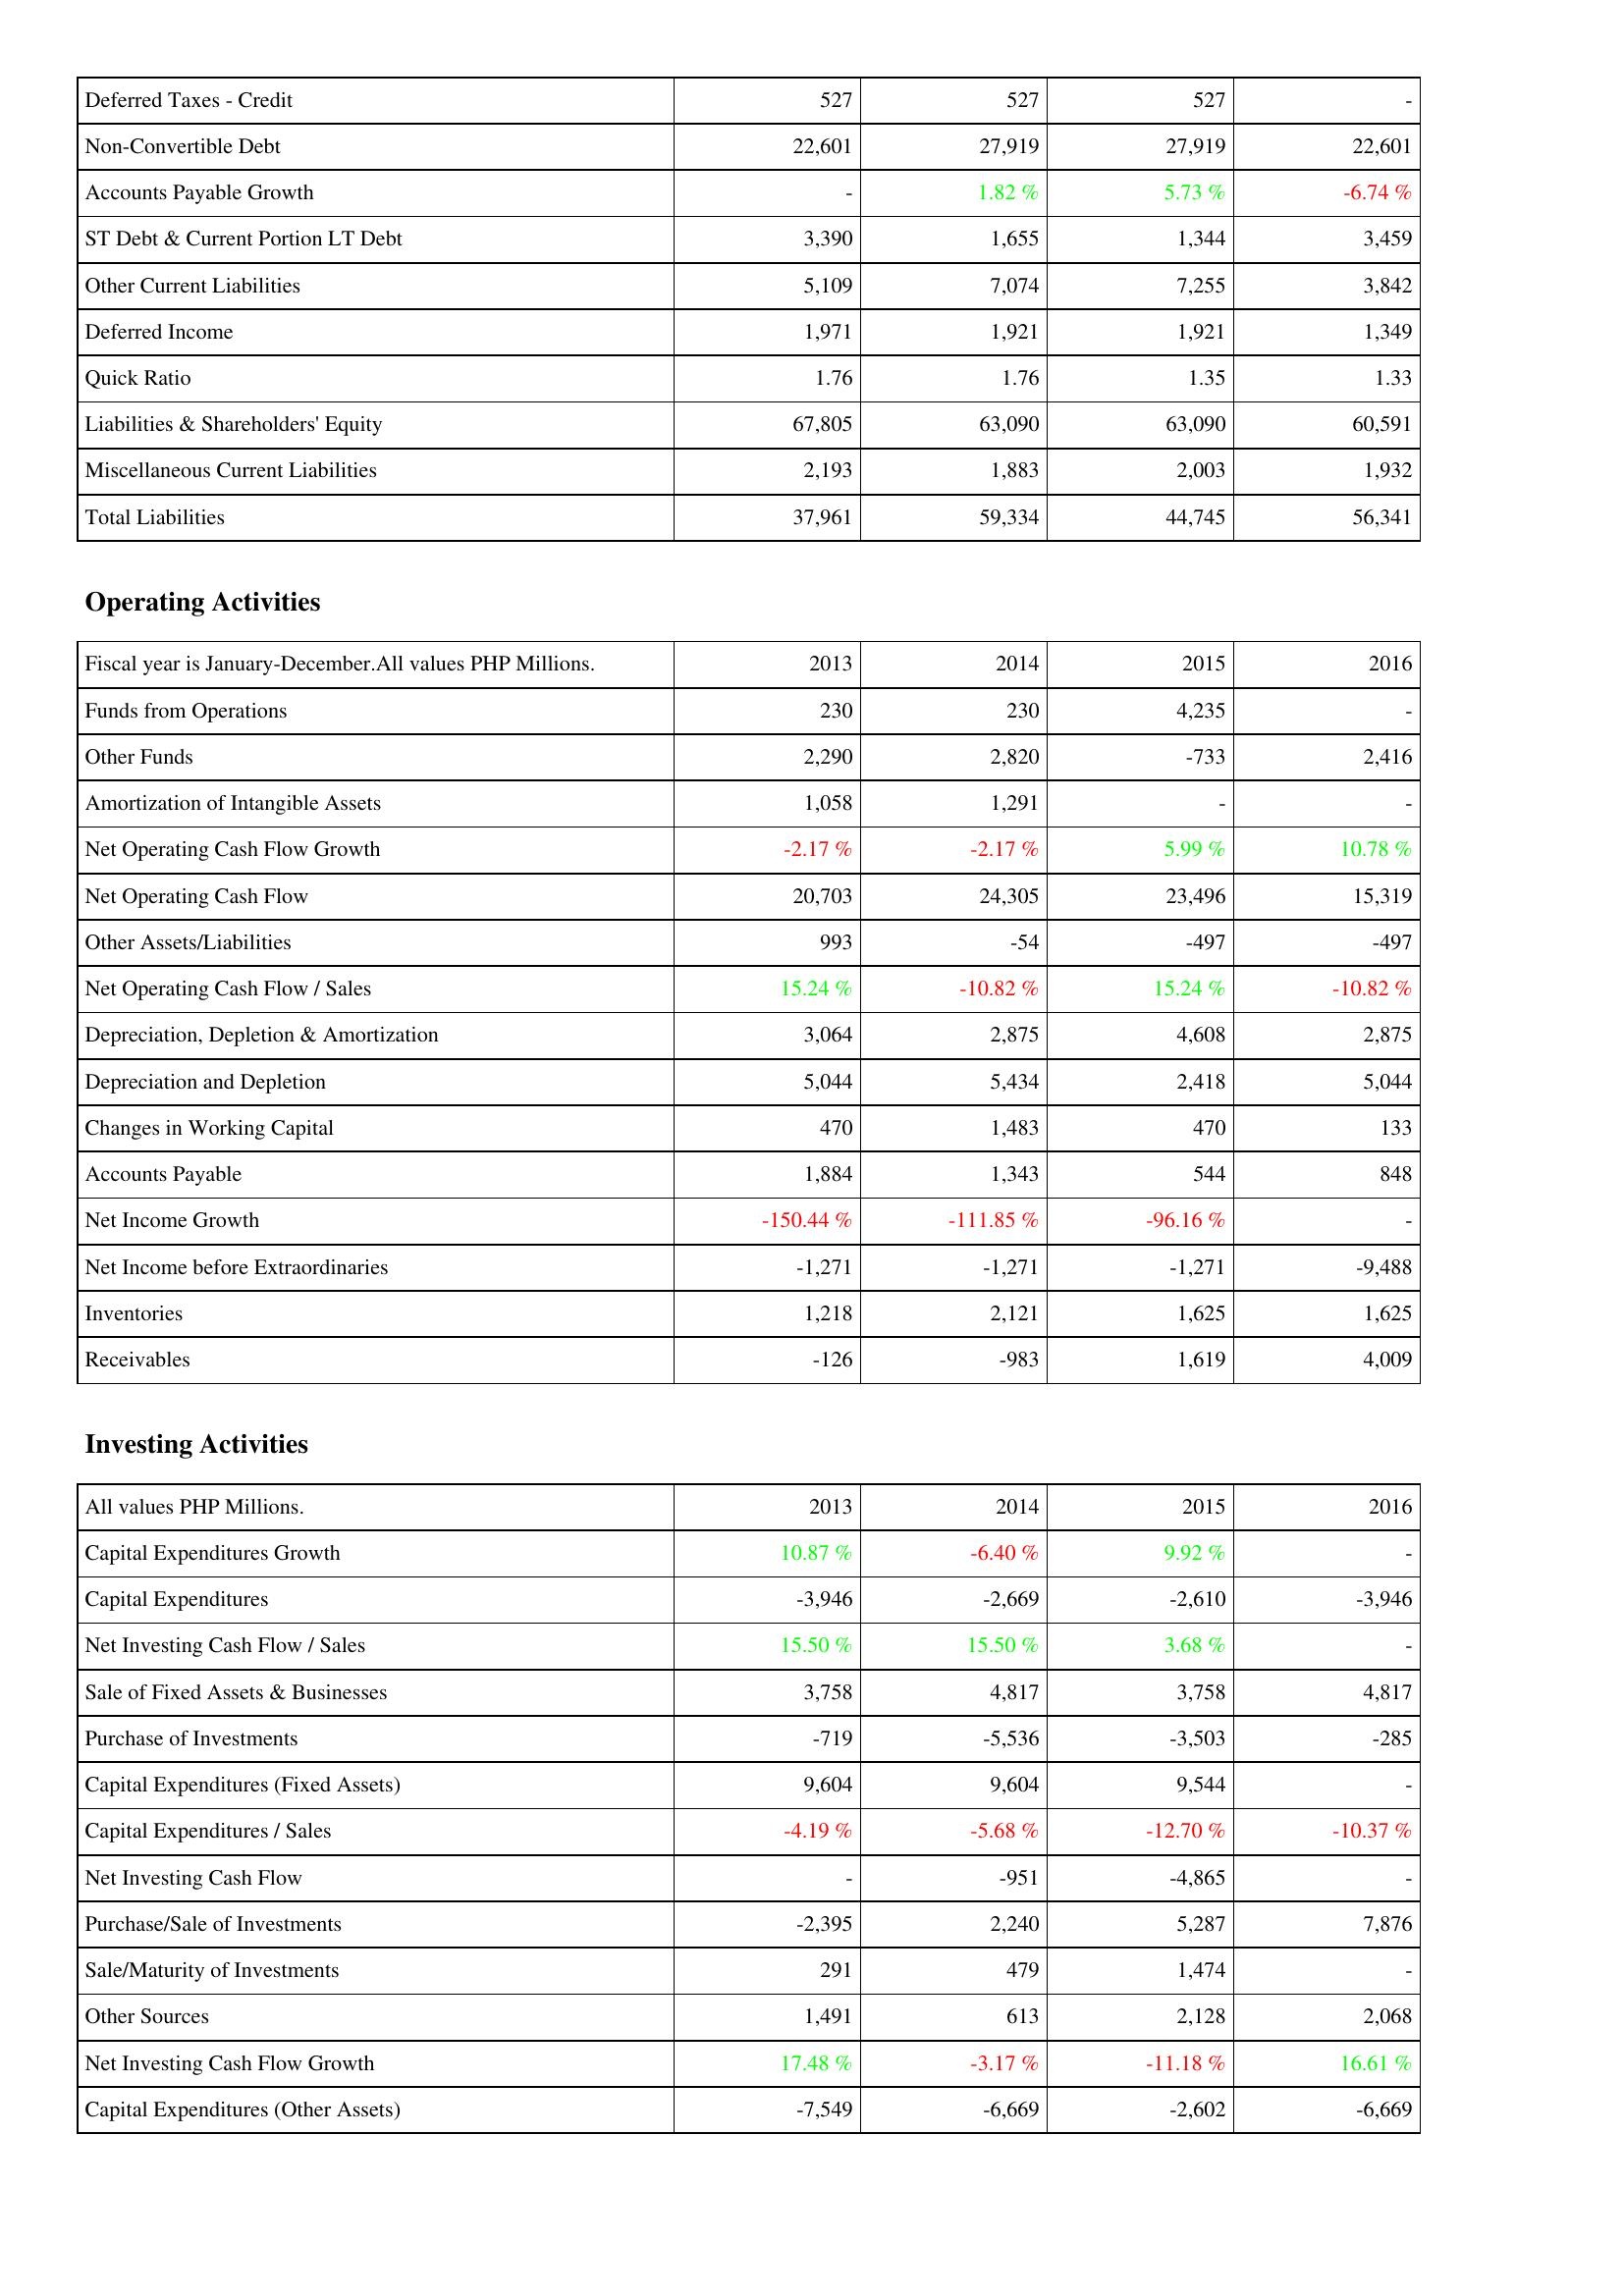
2013: Liabilities & Shareholders' Equity: Deferred Taxes - Credit: 527
Non-Convertible Debt: 22,601
Accounts Payable Growth: -
ST Debt & Current Portion LT Debt: 3,390
Other Current Liabilities: 5,109
Deferred Income: 1,971
Quick Ratio: 1.76
Liabilities & Shareholders' Equity: 67,805
Miscellaneous Current Liabilities: 2,193
Total Liabilities: 37,961
Operating Activities: Funds from Operations: 230
Other Funds: 2,290
Amortization of Intangible Assets: 1,058
Net Operating Cash Flow Growth: -2.17 %
Net Operating Cash Flow: 20,703
Other Assets/Liabilities: 993
Net Operating Cash Flow / Sales: 15.24 %
Depreciation, Depletion & Amortization: 3,064
Depreciation and Depletion: 5,044
Changes in Working Capital: 470
Accounts Payable: 1,884
Net Income Growth: -150.44 %
Net Income before Extraordinaries: -1,271
Inventories: 1,218
Receivables: -126
Investing Activities: Capital Expenditures Growth: 10.87 %
Capital Expenditures: -3,946
Net Investing Cash Flow / Sales: 15.50 %
Sale of Fixed Assets & Businesses: 3,758
Purchase of Investments: -719
Capital Expenditures (Fixed Assets): 9,604
Capital Expenditures / Sales: -4.19 %
Net Investing Cash Flow: -
Purchase/Sale of Investments: -2,395
Sale/Maturity of Investments: 291
Other Sources: 1,491
Net Investing Cash Flow Growth: 17.48 %
Capital Expenditures (Other Assets): -7,549
2014: Liabilities & Shareholders' Equity: Deferred Taxes - Credit: 527
Non-Convertible Debt: 27,919
Accounts Payable Growth: 1.82 %
ST Debt & Current Portion LT Debt: 1,655
Other Current Liabilities: 7,074
Deferred Income: 1,921
Quick Ratio: 1.76
Liabilities & Shareholders' Equity: 63,090
Miscellaneous Current Liabilities: 1,883
Total Liabilities: 59,334
Operating Activities: Funds from Operations: 230
Other Funds: 2,820
Amortization of Intangible Assets: 1,291
Net Operating Cash Flow Growth: -2.17 %
Net Operating Cash Flow: 24,305
Other Assets/Liabilities: -54
Net Operating Cash Flow / Sales: -10.82 %
Depreciation, Depletion & Amortization: 2,875
Depreciation and Depletion: 5,434
Changes in Working Capital: 1,483
Accounts Payable: 1,343
Net Income Growth: -111.85 %
Net Income before Extraordinaries: -1,271
Inventories: 2,121
Receivables: -983
Investing Activities: Capital Expenditures Growth: -6.40 %
Capital Expenditures: -2,669
Net Investing Cash Flow / Sales: 15.50 %
Sale of Fixed Assets & Businesses: 4,817
Purchase of Investments: -5,536
Capital Expenditures (Fixed Assets): 9,604
Capital Expenditures / Sales: -5.68 %
Net Investing Cash Flow: -951
Purchase/Sale of Investments: 2,240
Sale/Maturity of Investments: 479
Other Sources: 613
Net Investing Cash Flow Growth: -3.17 %
Capital Expenditures (Other Assets): -6,669
2015: Liabilities & Shareholders' Equity: Deferred Taxes - Credit: 527
Non-Convertible Debt: 27,919
Accounts Payable Growth: 5.73 %
ST Debt & Current Portion LT Debt: 1,344
Other Current Liabilities: 7,255
Deferred Income: 1,921
Quick Ratio: 1.35
Liabilities & Shareholders' Equity: 63,090
Miscellaneous Current Liabilities: 2,003
Total Liabilities: 44,745
Operating Activities: Funds from Operations: 4,235
Other Funds: -733
Amortization of Intangible Assets: -
Net Operating Cash Flow Growth: 5.99 %
Net Operating Cash Flow: 23,496
Other Assets/Liabilities: -497
Net Operating Cash Flow / Sales: 15.24 %
Depreciation, Depletion & Amortization: 4,608
Depreciation and Depletion: 2,418
Changes in Working Capital: 470
Accounts Payable: 544
Net Income Growth: -96.16 %
Net Income before Extraordinaries: -1,271
Inventories: 1,625
Receivables: 1,619
Investing Activities: Capital Expenditures Growth: 9.92 %
Capital Expenditures: -2,610
Net Investing Cash Flow / Sales: 3.68 %
Sale of Fixed Assets & Businesses: 3,758
Purchase of Investments: -3,503
Capital Expenditures (Fixed Assets): 9,544
Capital Expenditures / Sales: -12.70 %
Net Investing Cash Flow: -4,865
Purchase/Sale of Investments: 5,287
Sale/Maturity of Investments: 1,474
Other Sources: 2,128
Net Investing Cash Flow Growth: -11.18 %
Capital Expenditures (Other Assets): -2,602
2016: Liabilities & Shareholders' Equity: Deferred Taxes - Credit: -
Non-Convertible Debt: 22,601
Accounts Payable Growth: -6.74 %
ST Debt & Current Portion LT Debt: 3,459
Other Current Liabilities: 3,842
Deferred Income: 1,349
Quick Ratio: 1.33
Liabilities & Shareholders' Equity: 60,591
Miscellaneous Current Liabilities: 1,932
Total Liabilities: 56,341
Operating Activities: Funds from Operations: -
Other Funds: 2,416
Amortization of Intangible Assets: -
Net Operating Cash Flow Growth: 10.78 %
Net Operating Cash Flow: 15,319
Other Assets/Liabilities: -497
Net Operating Cash Flow / Sales: -10.82 %
Depreciation, Depletion & Amortization: 2,875
Depreciation and Depletion: 5,044
Changes in Working Capital: 133
Accounts Payable: 848
Net Income Growth: -
Net Income before Extraordinaries: -9,488
Inventories: 1,625
Receivables: 4,009
Investing Activities: Capital Expenditures Growth: -
Capital Expenditures: -3,946
Net Investing Cash Flow / Sales: -
Sale of Fixed Assets & Businesses: 4,817
Purchase of Investments: -285
Capital Expenditures (Fixed Assets): -
Capital Expenditures / Sales: -10.37 %
Net Investing Cash Flow: -
Purchase/Sale of Investments: 7,876
Sale/Maturity of Investments: -
Other Sources: 2,068
Net Investing Cash Flow Growth: 16.61 %
Capital Expenditures (Other Assets): -6,669